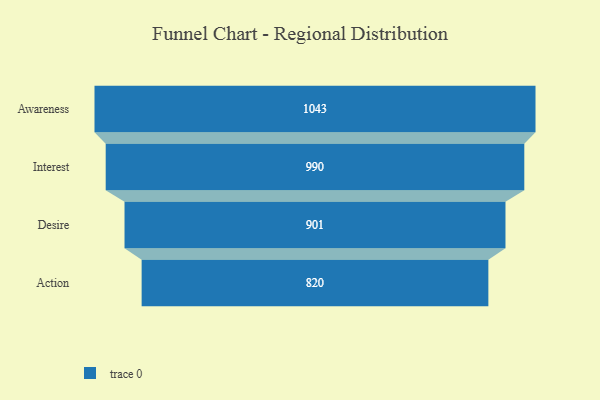
{"axis": {"x": "Stage", "y": "Value"}, "legend": [""], "data": [{"x": "Awareness", "y": 1043.0, "type": ""}, {"x": "Interest", "y": 990.0, "type": ""}, {"x": "Desire", "y": 901.0, "type": ""}, {"x": "Action", "y": 820.0, "type": ""}]}